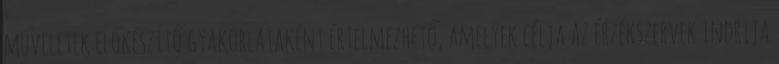
műveletek előkészítő gyakorlataként értelmezhető, amelyek célja az érzékszervek indrija